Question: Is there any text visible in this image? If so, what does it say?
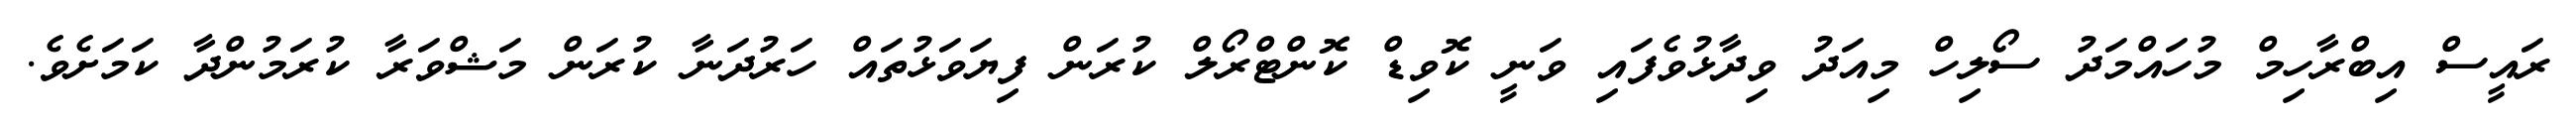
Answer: ރައީސް އިބްރާހިމް މުހައްމަދު ސޯލިހް މިއަދު ވިދާޅުވެފައި ވަނީ ކޮވިޑް ކޮންޓްރޯލް ކުރަން ފިޔަވަޅުތައް ހަރުދަނާ ކުރަން މަޝްވަރާ ކުރަމުންދާ ކަމަށެވެ.